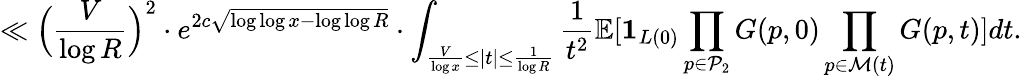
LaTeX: \ll\Big(\frac{V}{\log R}\Big)^{2}\cdot e^{2c\sqrt{\log\log x-\log\log R}}\cdot\int_{\frac{V}{\log x}\le|t|\le\frac{1}{\log R}}\frac{1}{t^{2}}\mathbb E[\mathbf{1}_{L(0)}\prod_{p\in\mathcal{P}_{2}}G(p,0)\prod_{p\in\mathcal{M}(t)}G(p,t)]dt.